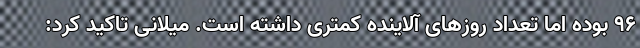
۹۶ بوده اما تعداد روزهای آلاینده کمتری داشته است. میلانی تاکید کرد: